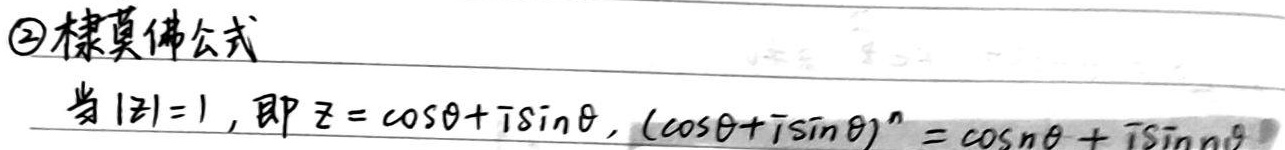
\textcircled{2} 棣莫佛公式：当 \(|z| = 1\)，即 \(z = \cos\theta + i\sin\theta\) 时，\((\cos\theta + i\sin\theta)^n = \cos n\theta + i\sin n\theta\)